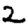
Digit: 2